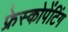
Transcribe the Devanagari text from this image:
फ्रेस्कोपेंटिंग